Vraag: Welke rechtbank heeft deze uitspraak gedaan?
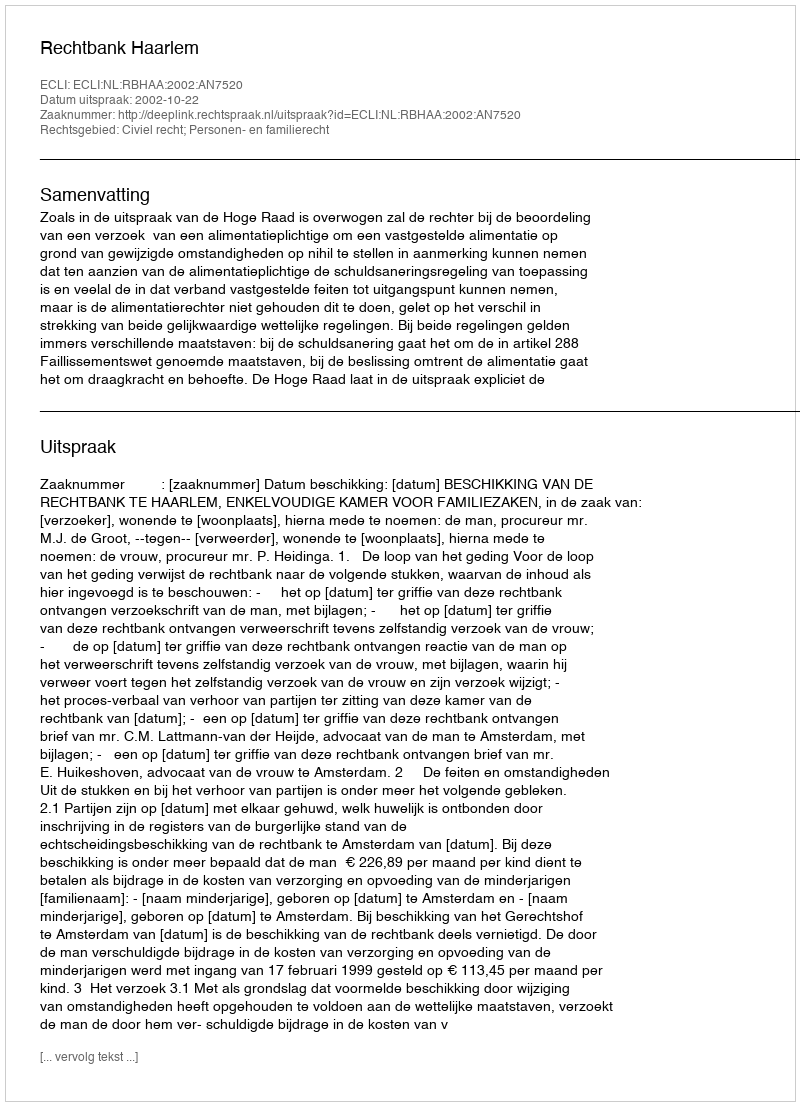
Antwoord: Rechtbank Haarlem